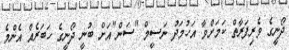
ދޯނީގެ ވެރިފަރާތް ކަމަށްވާ އަހުމަދު ނަސީމް "ސަން"އަށް ބުނީ ދޯނީގެ ހަބަރެއް އެންމެ